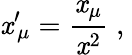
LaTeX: \mathit{x}^{\prime}{}_{\! \mu}=\frac{{\mathit{x}_{\mu}}}{{\mathit{x}^{2}}}\; \mathrm{{,}}\;